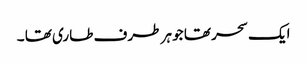
ایک سحر تھا جو ہر طرف طاری تھا ۔